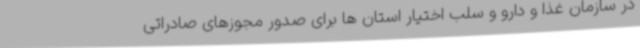
در سازمان غذا و دارو و سلب اختیار استان ها برای صدور مجوزهای صادراتی